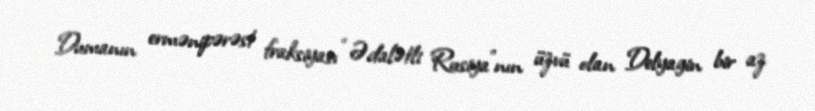
Dumanın ermənipərəst fraksiyası “Ədalətli Rusiya”nın üzvü olan Delyagin bir az